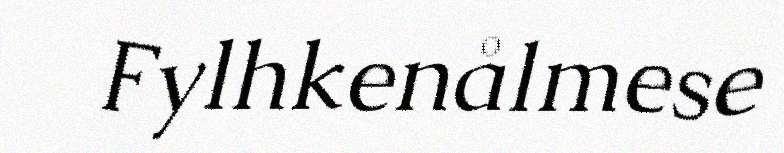
Fylhkenålmese